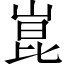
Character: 崑